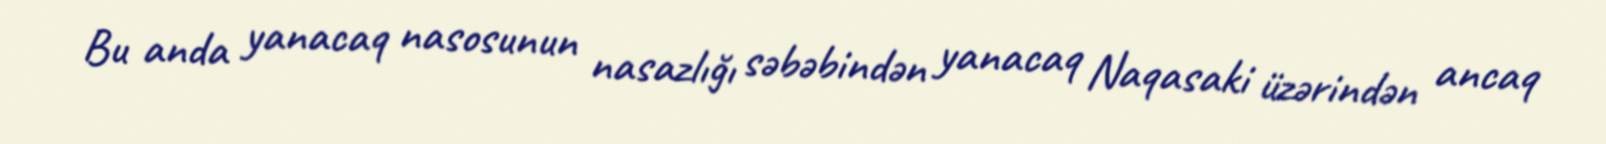
Bu anda yanacaq nasosunun nasazlığı səbəbindən yanacaq Naqasaki üzərindən ancaq